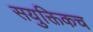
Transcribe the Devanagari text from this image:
सयुक्तिकच